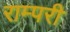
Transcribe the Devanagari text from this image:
राम्परी